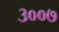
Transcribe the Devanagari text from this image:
३००७